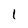
Character: l